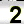
Digit: 2